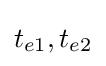
t_{e1},t_{e2}